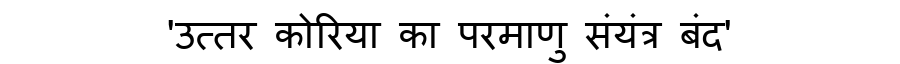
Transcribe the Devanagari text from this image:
'उत्तर कोरिया का परमाणु संयंत्र बंद'